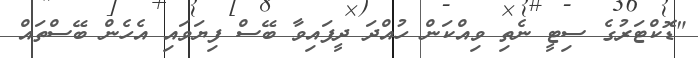
"ޑޮކްޓަރުގެ ސިޓީ ނެތި ވިއްކަން ހުއްދަ ދީފައިވާ ބޭސް ފިޔަވައި އެހެން ބޭސްތައް